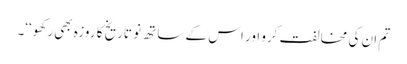
تم ان کی مخالفت کرو اور اس کے ساتھ نو تاریخ کا روزہ بھی رکھو‘‘۔